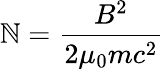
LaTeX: \mathbb{N}={\frac{{B^{2}}}{{2\mu_{0}mc^{2}}}}